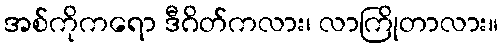
အစ်ကိုကရော ဒီဂိတ်ကလား၊ လာကြိုတာလား။